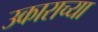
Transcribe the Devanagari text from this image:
उकाराच्या